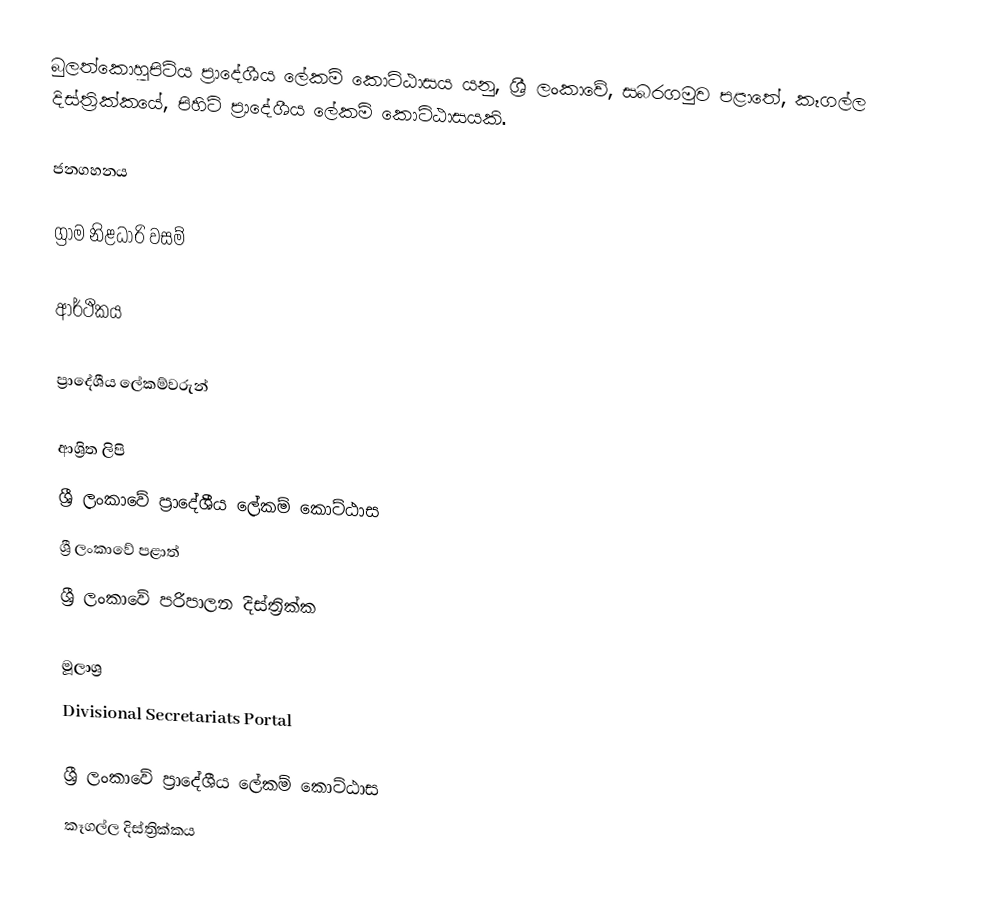
බුලත්කොහුපිටිය ප්‍රාදේශීය ලේකම් කොට්ඨාසය යනු,  ශ්‍රී ලංකාවේ, සබරගමුව පළාතේ,   කෑගල්ල දිස්ත්‍රික්කයේ, පිහිටි ප්‍රාදේශීය ලේකම් කොට්ඨාසයකි.

ජනගහනය

ග්‍රාම නිළධාරි වසම්

ආර්ථිකය

ප්‍රාදේශීය ලේකම්වරුන්

ආශ්‍රිත ලිපි
ශ්‍රී ලංකාවේ ප්‍රාදේශීය ලේකම් කොට්ඨාස
ශ්‍රී ලංකාවේ පළාත්
ශ්‍රී ලංකාවේ පරිපාලන දිස්ත්‍රික්ක

මූලාශ්‍ර
 Divisional Secretariats Portal

ශ්‍රී ලංකාවේ ප්‍රාදේශීය ලේකම් කොට්ඨාස
කෑගල්ල දිස්ත්‍රික්කය